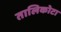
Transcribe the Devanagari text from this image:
तालिकोटा